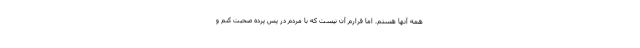
همه آنها هستم. اما قرارم آن نیست که با مردم در پس پرده صحبت کنم و